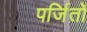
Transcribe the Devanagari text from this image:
पर्जितों